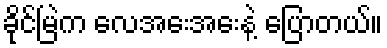
ခိုင်မြဲက လေအေးအေးနဲ့ ပြောတယ်။